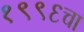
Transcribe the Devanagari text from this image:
१९९६चा